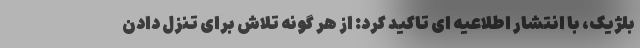
بلژیک، با انتشار اطلاعیه ای تاکید کرد: از هر گونه تلاش برای تنزل دادن